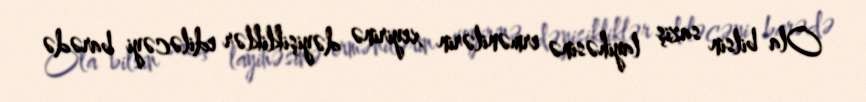
Ola bilsin saziş layihəsinə ermənilərin xeyirinə dəyişikliklər ediləcəyi barədə